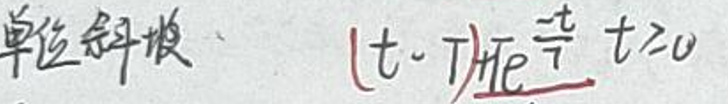
单位斜坡 $(t - T)\pi e^{\frac{-t}{T}},t\geq0$